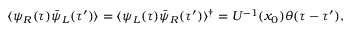
\langle \psi _ { R } ( \tau ) \bar { \psi } _ { L } ( \tau ^ { \prime } ) \rangle = \langle \psi _ { L } ( \tau ) \bar { \psi } _ { R } ( \tau ^ { \prime } ) \rangle ^ { \dagger } = U ^ { - 1 } ( x _ { 0 } ) \theta ( \tau - \tau ^ { \prime } ) ,